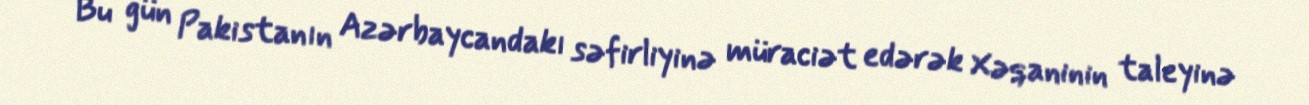
Bu gün Pakistanın Azərbaycandakı səfirliyinə müraciət edərək Xəqaninin taleyinə